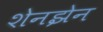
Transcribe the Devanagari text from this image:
शेनझेन